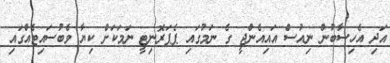
އަދި އެހިސާބުން ނިއުސް އައިއެންޖީ ގެ ނަމުގައި ޕެޕަރޮނިޓީ ނަމަކަށް ކިޔާ ވެބުސައިޓެއްގައި